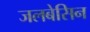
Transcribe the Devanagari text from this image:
जलबेसिन